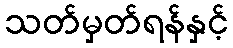
သတ်မှတ်ရန်နှင့်